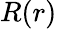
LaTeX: R(r)